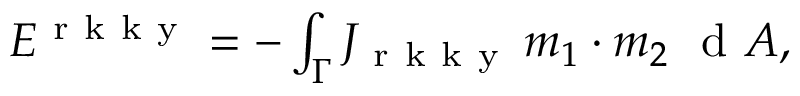
\begin{array} { r } { E ^ { \mathrm { ~ r ~ k ~ k ~ y ~ } } = - \int _ { \Gamma } J _ { \mathrm { ~ r ~ k ~ k ~ y ~ } } \, \boldsymbol { m } _ { 1 } \cdot \boldsymbol { m } _ { 2 } \, \, \mathrm { ~ d ~ } \boldsymbol { A } , } \end{array}